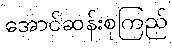
အောင်ဆန်းစုကြည်